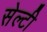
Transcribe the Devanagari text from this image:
सेल्टी